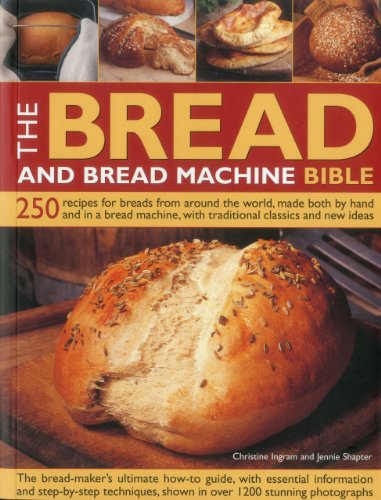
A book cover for The Bread and Bread Machine Bible: 250 recipes for breads from around the world, made both by hand and in a bread machine, with traditional classics and new ideas; Christine Ingram; Cookbooks, Food & Wine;